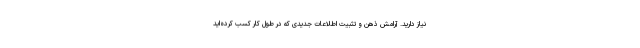
نیاز دارید. آرامش ذهن و تثبیت اطلاعات جدیدی که در طول کار کسب کرده‌اید